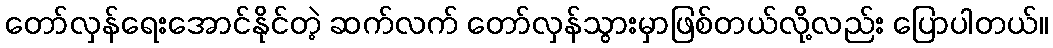
တော်လှန်ရေးအောင်နိုင်တဲ့ ဆက်လက် တော်လှန်သွားမှာဖြစ်တယ်လို့လည်း ပြောပါတယ်။